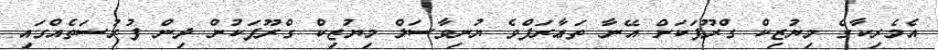
އެމެރިކާގެ މިޔުޒިކް ގްރޫޕަކަށް އޭނާ ތަޢާރަފްވެ ޔުނިވާސަލް މިޔުޒިކް ގްރޫޕަކުން ދިން ފުރުސަތެއްގައި